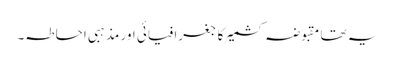
یہ تھا مقبوضہ کشمیر کا جغرافیائی اور مذہبی احاطہ۔